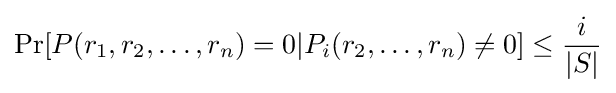
\Pr[P(r_{1},r_{2},\ldots ,r_{n})=0|P_{i}(r_{2},\ldots ,r_{n})\neq 0]\leq {\frac {i}{|S|}}